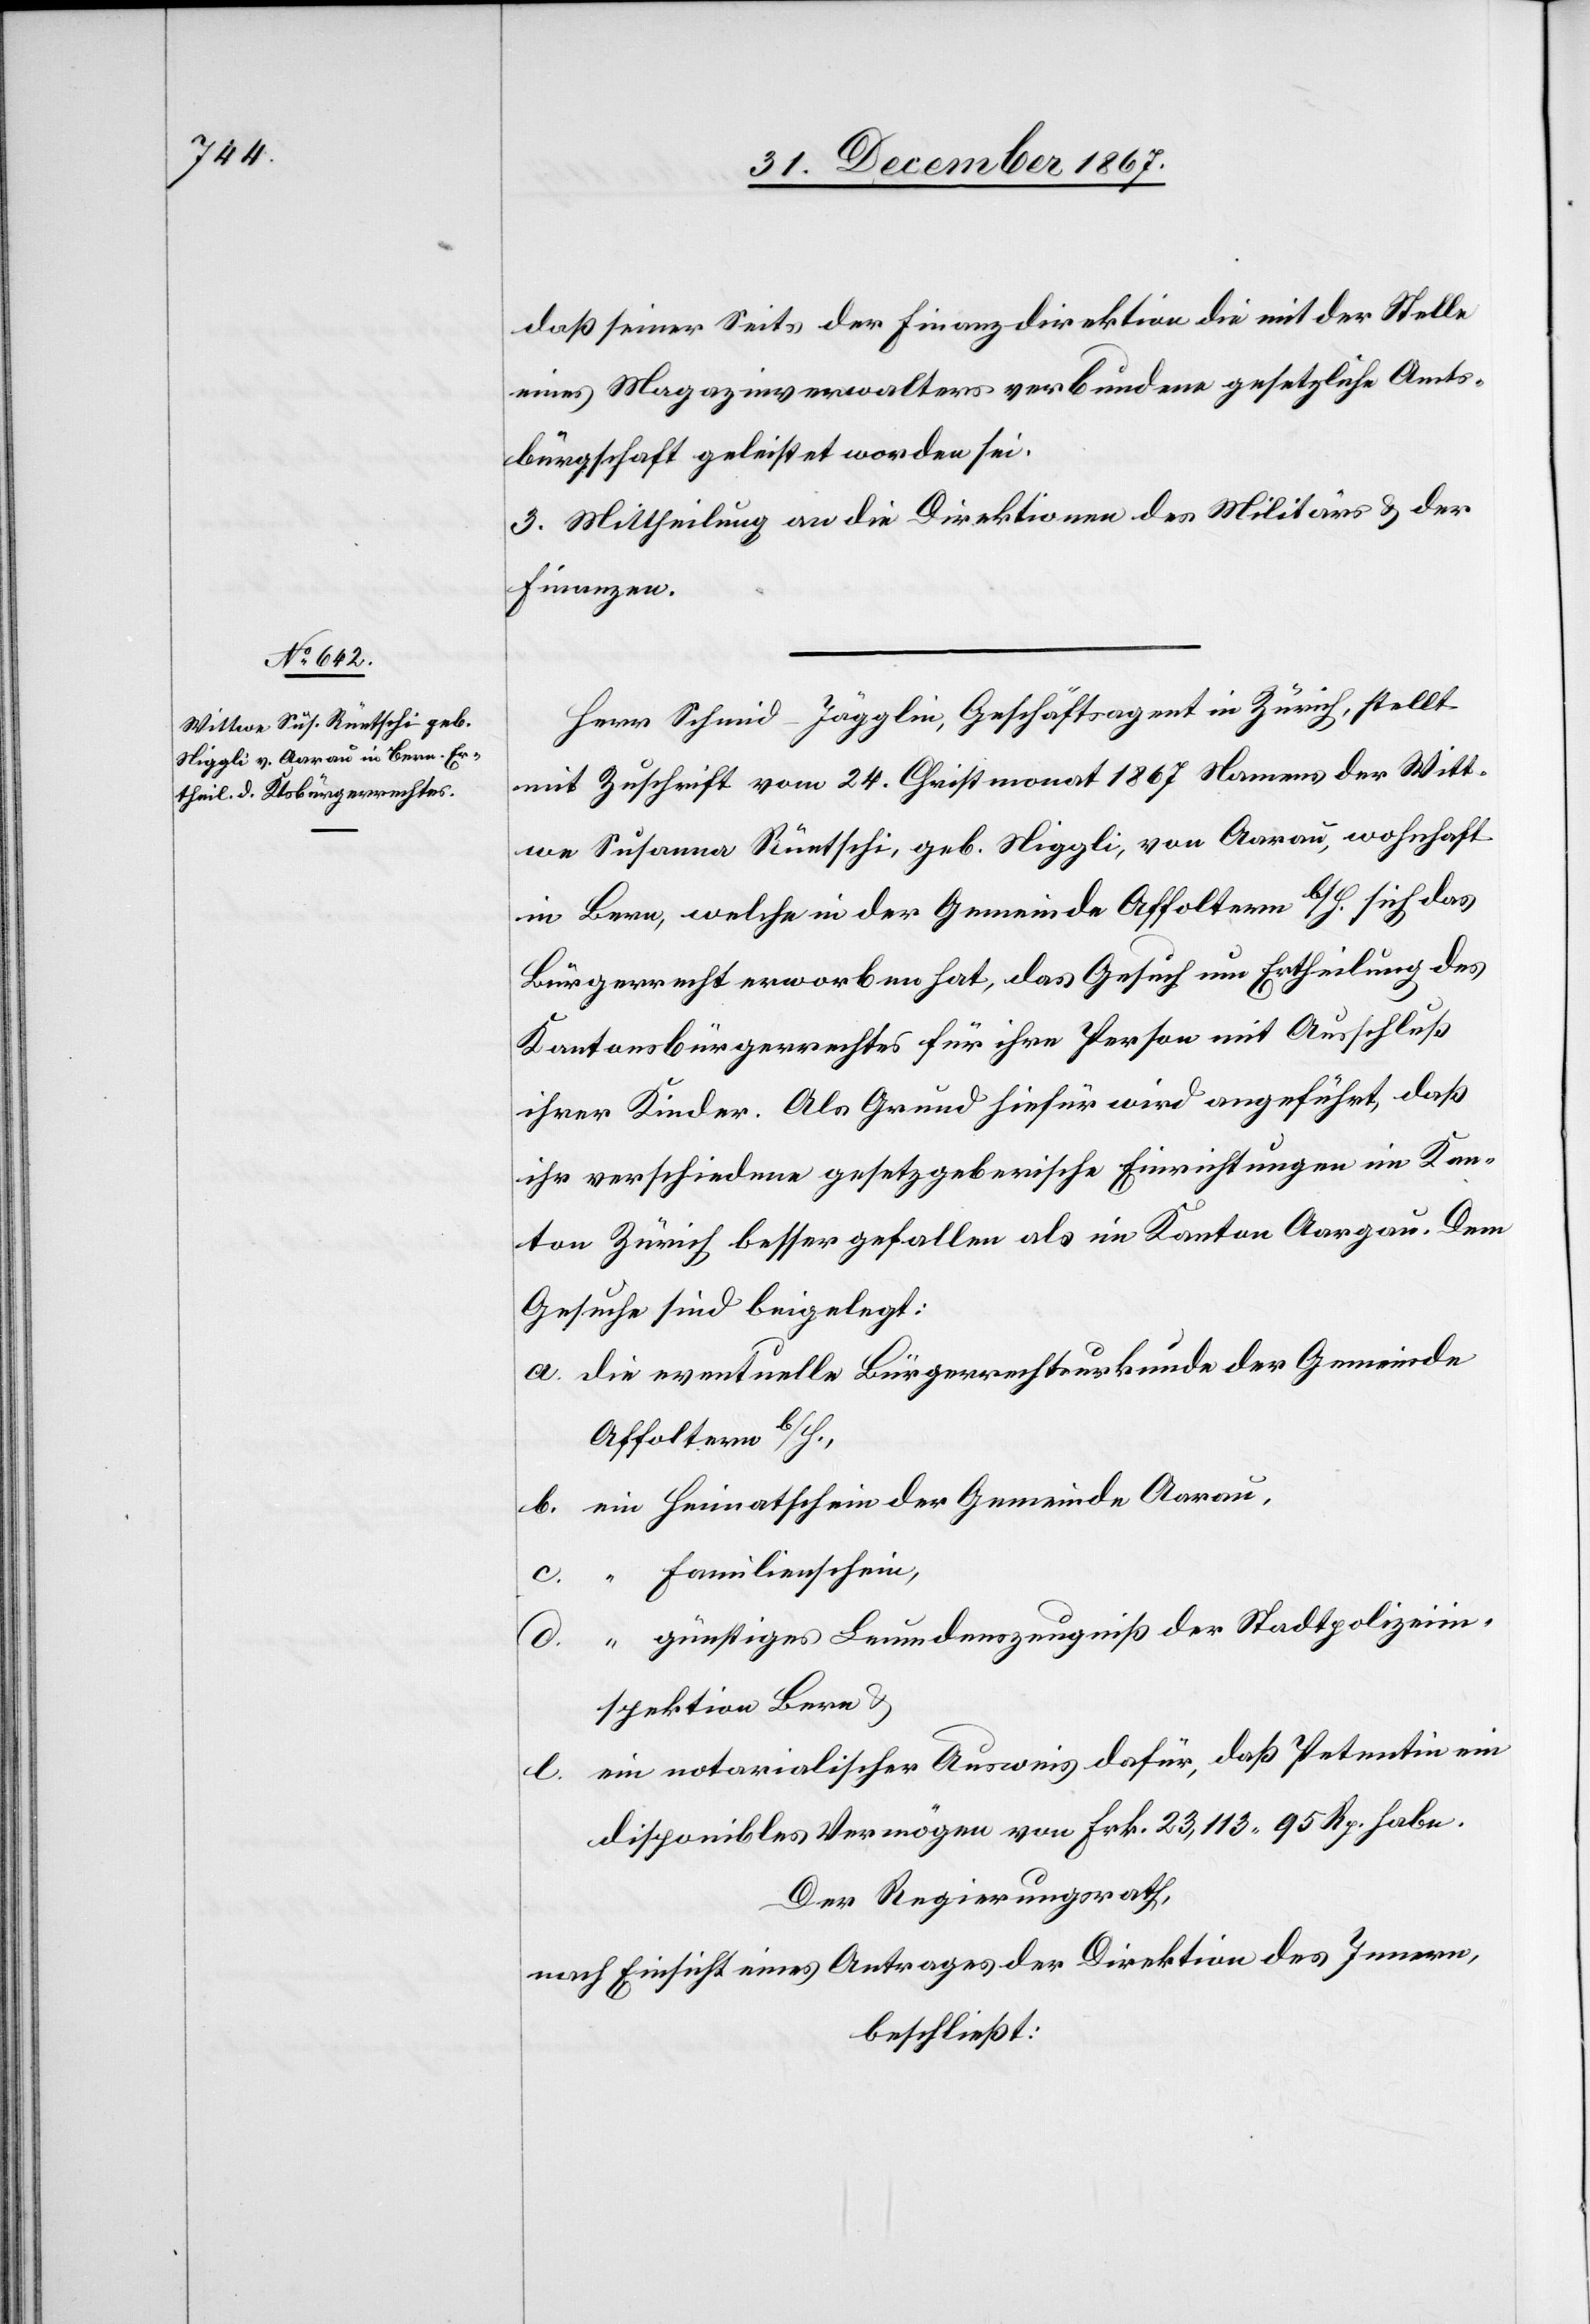
daß seiner Seits der Finanzdirektion die mit der Stelle
eines Magazinverwalters verbundene gesetzliche Amt¬
s	bürgschaft geleistet worden sei.
3. Mittheilung an die Direktionen des Militärs u. der
Finanzen.
Herr Schmid-Jägglin, Geschäftsagent in Zürich, stellt
mit Zuschrift vom 24. Christmonat 1867 Namens der Witt¬
we Susanna Rüetschi, geb. Niggli, von Aarau, wohnhaft
in Bern, welche in der Gemeinde Affoltern b/H. sich das
Bürgerrecht erworben hat, das Gesuch um Ertheilung des
Kantonsbürgerrechtes für ihre Person mit Ausschluß
ihrer Kinder. Als Grund hiefür wird angeführt, daß
ihr verschiedene gesetzgeberische Einrichtungen im Kan¬
ton Zürich besser gefallen als im Kanton Aargau. Dem
Gesuche sind beigelegt:
a. die eventuelle Bürgerrechtsurkunde der Gemeinde
Affoltern b/H.,
b. ein Heimatschein der Gemeinde Aarau,
c. “ Familienschein,
d. “ günstiges Leumdenszeugniß der Stadtpolizeiin¬
spektion Bern u.
e. ein notarialischer Ausweis dafür, daß Petentin ein
disponibles Vermögen von Frk. 23 113.95 Rp. habe.
Der Regierungsrath,
nach Einsicht eines Antrages der Direktion des Innern,
beschließt: